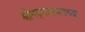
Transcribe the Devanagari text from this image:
श्रीमद्‍भागवताच्या